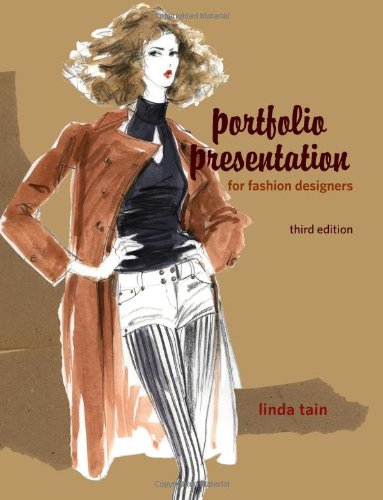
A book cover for Portfolio Presentation for Fashion Designers; Linda Tain; Business & Money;